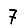
Digit: 7